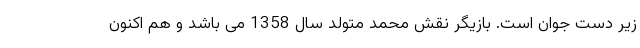
زیر دست جوان است. بازیگر نقش محمد متولد سال 1358 می باشد و هم اکنون